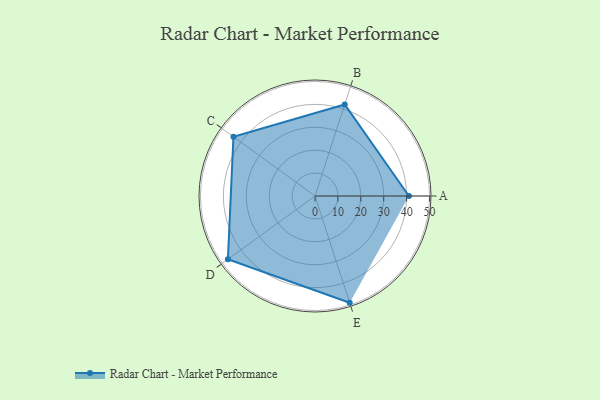
{"axis": {"x": "Skill", "y": "Score"}, "legend": ["Profile"], "data": [{"x": "A", "y": 41.0, "type": "Profile"}, {"x": "B", "y": 42.0, "type": "Profile"}, {"x": "C", "y": 44.0, "type": "Profile"}, {"x": "D", "y": 47.0, "type": "Profile"}, {"x": "E", "y": 49.0, "type": "Profile"}]}